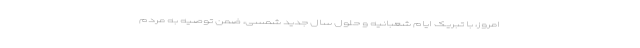
امروز، با تبریک ایام شعبانیه و حلول سال جدید شمسی، ضمن توصیه به مردم